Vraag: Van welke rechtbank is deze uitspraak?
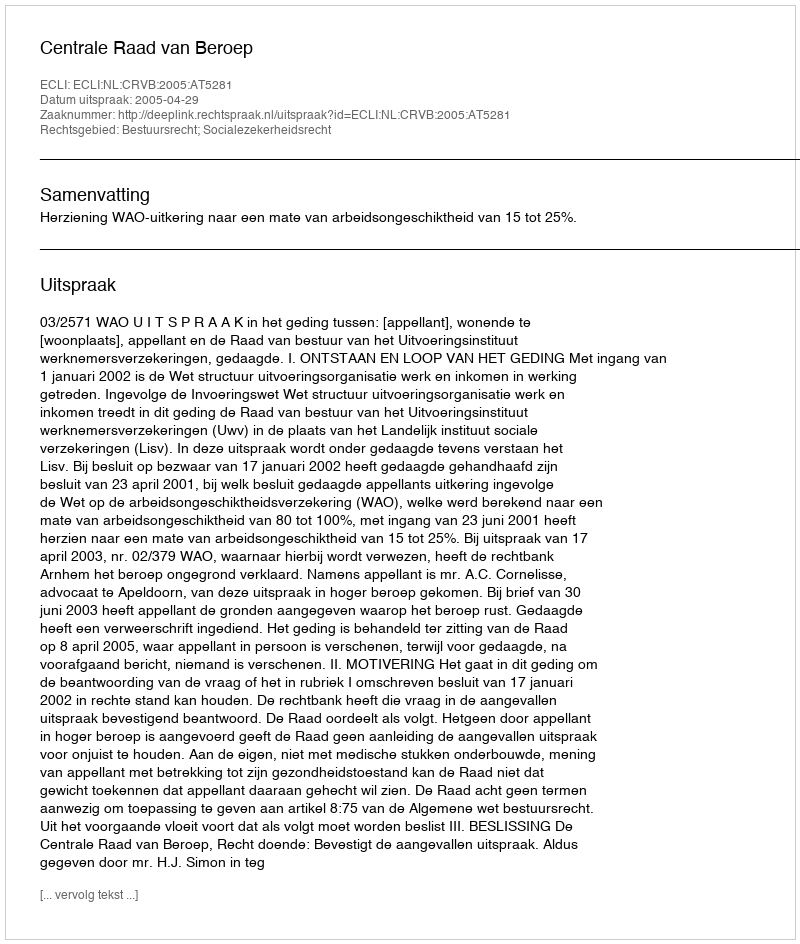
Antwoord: Centrale Raad van Beroep